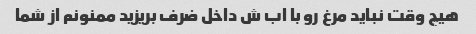
هیچ وقت نباید مرغ رو با اب ش داخل ضرف بریزید ممنونم از شما